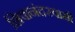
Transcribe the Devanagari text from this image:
शिवानंदस्वामी